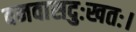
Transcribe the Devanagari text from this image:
वनवासदुःखतः।